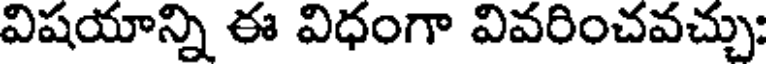
విషయాన్ని ఈ విధంగా వివరించవచ్చు: